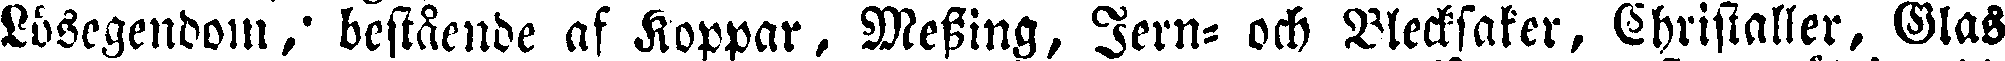
Lösegendom, bestående af Koppar, Messing, Jern- ock Blecksaker, Christaller, Glas